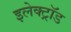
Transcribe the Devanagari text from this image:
इलेक्ट्रॉड